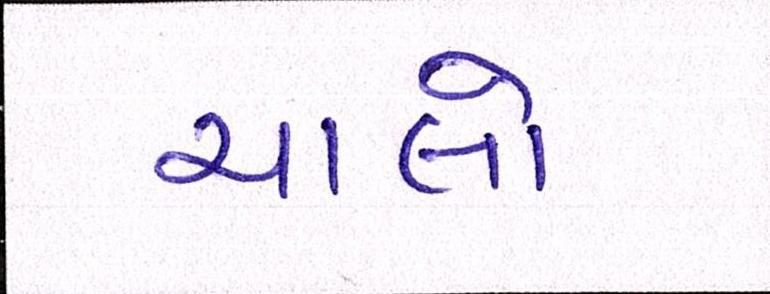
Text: ચાલો